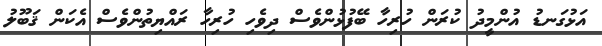
އަޅުގަނޑު އުންމީދު ކުރަން ހުރިހާ ބޭފުޅުންވެސް ދިވެހި ހުރިހާ ރައްޔިތުންވެސް އެކަން ޤަބޫލު